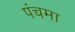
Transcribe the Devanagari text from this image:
पंचमा